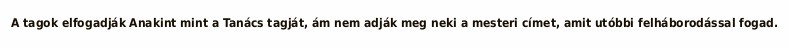
A tagok elfogadják Anakint mint a Tanács tagját, ám nem adják meg neki a mesteri címet, amit utóbbi felháborodással fogad.